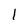
Character: 1